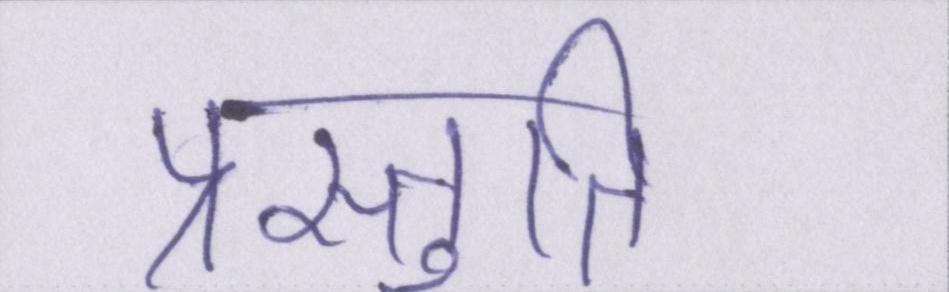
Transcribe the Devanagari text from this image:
प्रस्तुतियों